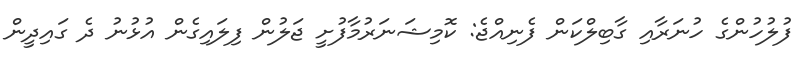
ފުލުހުންގެ ހުނަރާއި ގާބިލްކަން ފެނިއްޖެ: ކޮމިޝަނަރުމާފުށީ ޖަލުން ފިލައިގެން އުޅުނު ދެ ގައިދީން